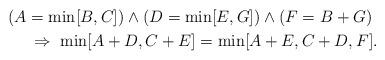
LaTeX: \begin{align*}(A=\min[B,C])\wedge(D=\min[E,G])\wedge (F=B+G)\ \\\Rightarrow\ \min[A+D,C+E]=\min[A+E,C+D,F].\end{align*}